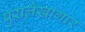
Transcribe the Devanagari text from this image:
पुरालेखागार